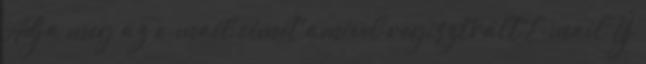
Adja meg az e-mail címét amivel regisztrált E-mail Új